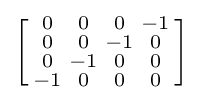
\left[{\begin{smallmatrix}0&0&0&-1\\0&0&-1&0\\0&-1&0&0\\-1&0&0&0\\\end{smallmatrix}}\right]